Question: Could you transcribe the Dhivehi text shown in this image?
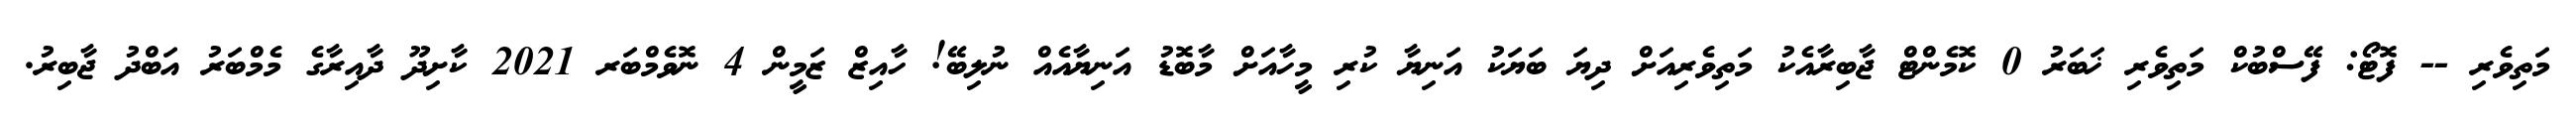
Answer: މަތިވެރި -- ފޮޓޯ: ފޭސްބުކް މަތިވެރި ޚަބަރު 0 ކޮމެންޓް ޖާބިރާއެކު މަތިވެރިއަށް ދިޔަ ބަޔަކު އަނިޔާ ކުރި މީހާއަށް މާބޮޑު އަނިޔާއެއް ނުލިބޭ! ހާއިޒް ޒަމީން 4 ނޮވެމްބަރ 2021 ކާށިދޫ ދާއިރާގެ މެމްބަރު އަބްދު ޖާބިރު.